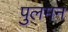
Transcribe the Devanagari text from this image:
पुलमन